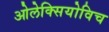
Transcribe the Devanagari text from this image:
ओलेक्सियोविच